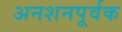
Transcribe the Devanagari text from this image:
अनशनपूर्वक